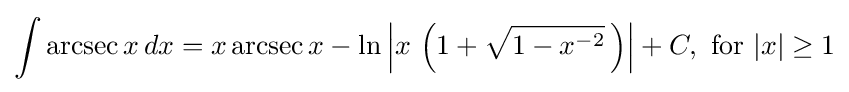
\int \operatorname {arcsec} {x}\,dx=x\operatorname {arcsec} {x}-\ln \left\vert x\,\left(1+{\sqrt {1-x^{-2}}}\,\right)\right\vert +C,{\text{ for }}\vert x\vert \geq 1